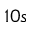
1 0 s